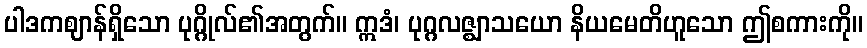
ပါဒကဈာန်ရှိသော ပုဂ္ဂိုလ်၏အတွက်။ ဣဒံ၊ ပုဂ္ဂလဇ္ဈာသယော နိယမေတိဟူသော ဤစကားကို။